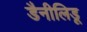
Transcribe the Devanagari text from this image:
डैनीलिडू